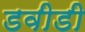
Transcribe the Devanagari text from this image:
डवीडी